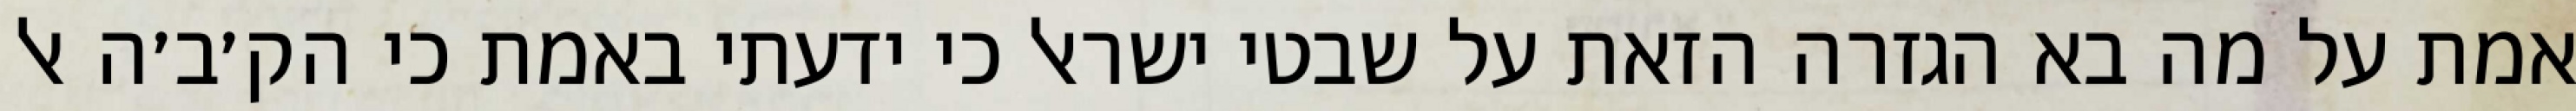
אמת על מה בא הגזרה הזאת על שבטי ישראל כי ידעתי באמת כי הק׳ב׳ה אל